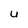
Character: U